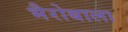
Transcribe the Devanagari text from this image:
भैरोबाला